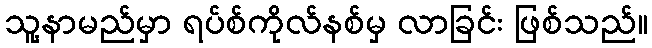
သူ့နာမည်မှာ ရပ်စ်ကိုလ်နစ်မှ လာခြင်း ဖြစ်သည်။